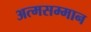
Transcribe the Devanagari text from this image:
अत्मसम्मान